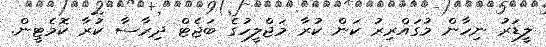
ލީޑަރު ނިހާން މުގައްރިރު ކަން ކުރާ މަޖްލީހުގެ ބަޖެޓް ދިރާސާ ކުރާ ކޮމެޓީން.